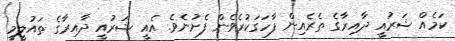
ކަމެއް ޝަރުއީ ދާއިރާގެ ތެރެއިން ފާހަގަކުރެވެން ފެށުނެވެ. އެއީ ޝަރުއީ ދާއިރާގެ ތައުލީމީ